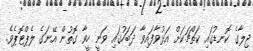
ޖިލާގެ ކޮނޑުގައި ކަތްޗަކަށް އަޅުވާފައިވާ ދަބަހުގައި ވަނީ ހީވާ ގޮތުން އޭނަގެ ލެޕްޓޮޕެވެ.